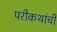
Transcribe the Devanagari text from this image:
परीकथांची